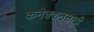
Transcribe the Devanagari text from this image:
कनेक्शनसाठी